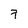
Character: 7